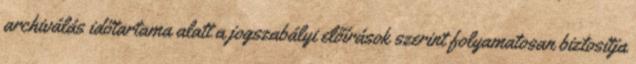
archiválás időtartama alatt a jogszabályi előírások szerint folyamatosan biztosítja